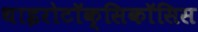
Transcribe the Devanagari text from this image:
थाइरोटॉक्सिकॉसिस